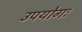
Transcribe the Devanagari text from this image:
उपयोगः